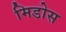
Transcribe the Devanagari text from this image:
मिडोस